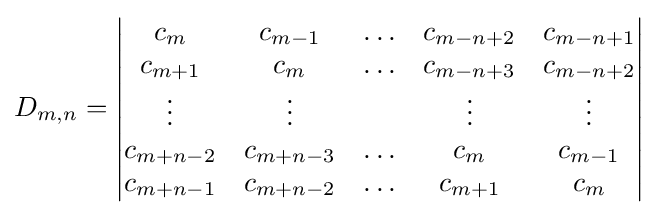
D_{m,n}=\left|{\begin{matrix}c_{m}&c_{m-1}&\ldots &c_{m-n+2}&c_{m-n+1}\\c_{m+1}&c_{m}&\ldots &c_{m-n+3}&c_{m-n+2}\\\vdots &\vdots &&\vdots &\vdots \\c_{m+n-2}&c_{m+n-3}&\ldots &c_{m}&c_{m-1}\\c_{m+n-1}&c_{m+n-2}&\ldots &c_{m+1}&c_{m}\\\end{matrix}}\right|